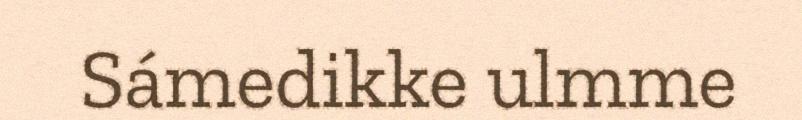
Sámedikke ulmme